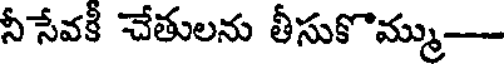
నీ సేవకీ చేతులను తీసుకొమ్ము-